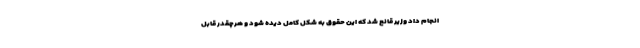
انجام داد وزیر قانع شد که این حقوق به شکل کامل دیده شود و هرچقدر قابل